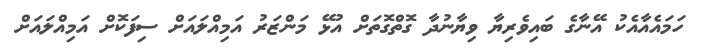
ހަމައެއާއެކު އޭނާގެ ބައިވެރިޔާ ވިޔާނުދާ ގޮތްގޮތަށް އުޅޭ މަންޒަރު އަމިއްލައަށް ސިފަކޮށް އަމިއްލައަށް